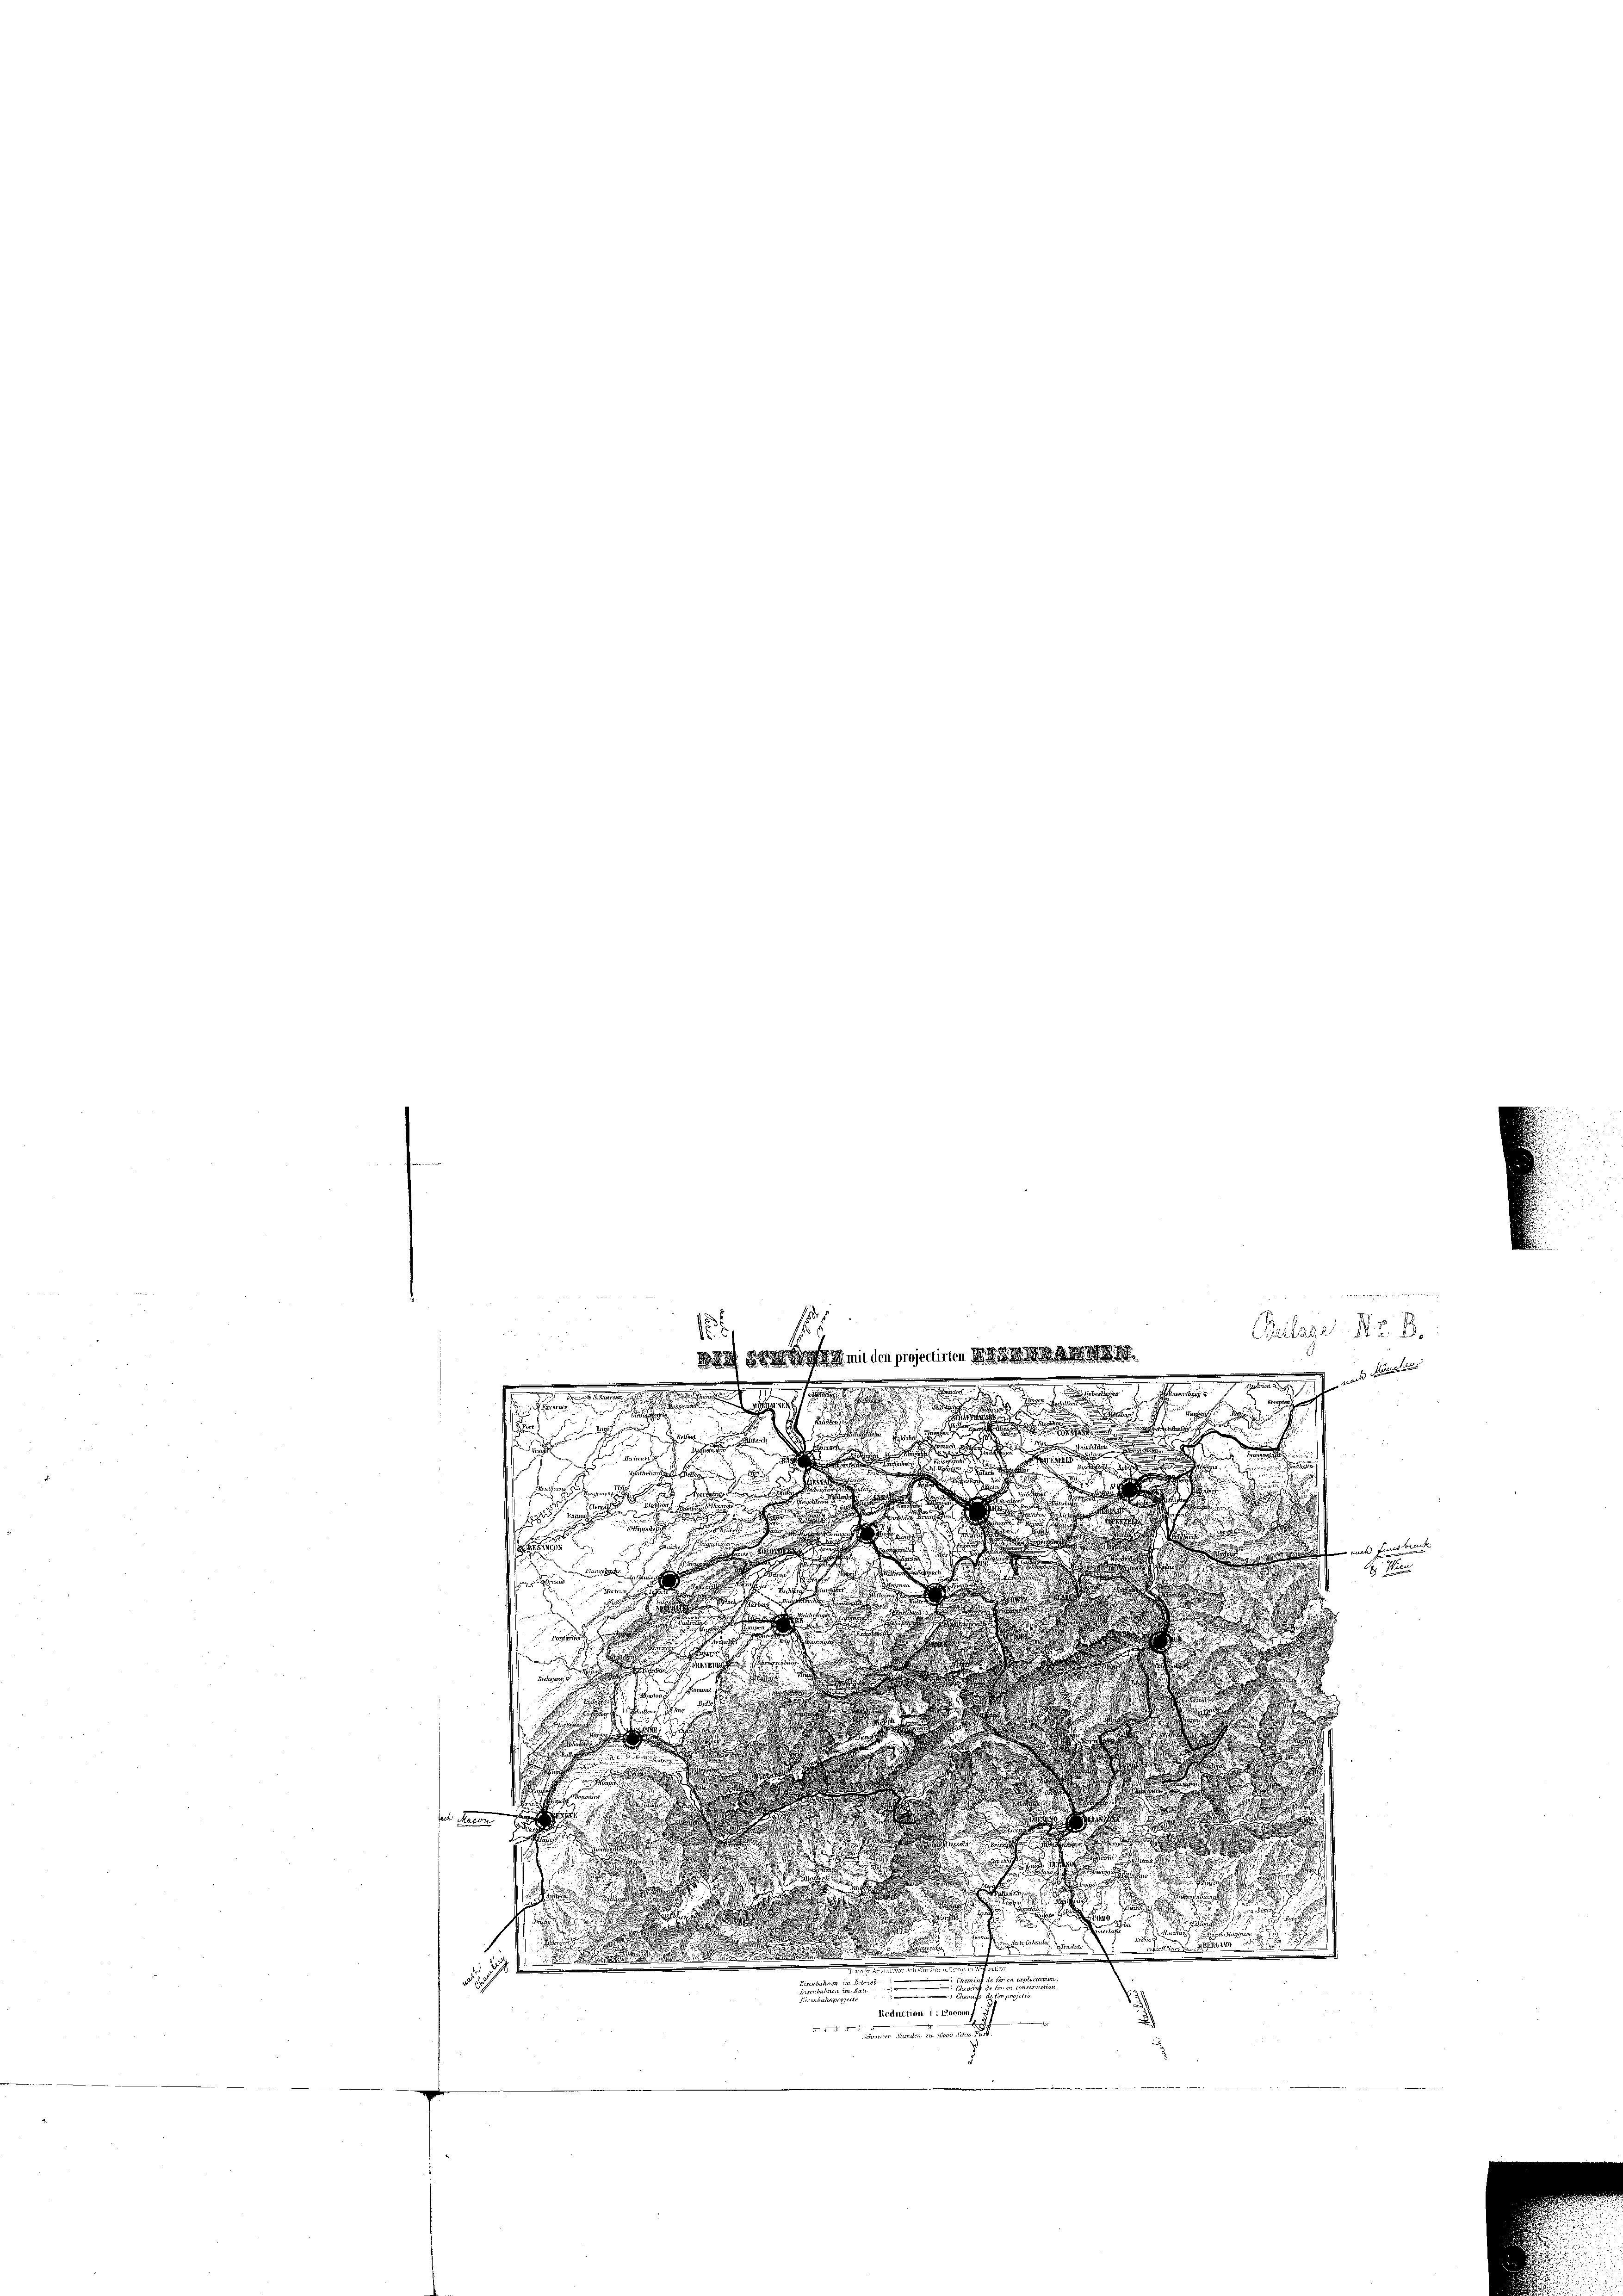
s
1
darf das mit der prenissen Be

hast, und hielten
.
n

.
eden und sehenden ihre
J

e

Trarf

 sind ande

.
d
.
d

.
Ver

fet sich an die

.
.
n

ude ande
e

.
u den
d

i
g

n

¬
.

d

¬
d

n
Eintreten Ferne

1

u

s
s
d
nunter erstorben ei

te

n
Reduction 1 : (Zyonaos
v oder einer anden in den gericht

Bilanz. Nr. 8.

mnt bei
Wien